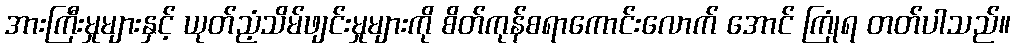
အားကြီးမှုများနှင့် ယုတ်ညံ့သိမ်ဖျင်းမှုများကို စိတ်ကုန်စရာကောင်းလောက် အောင် ကြုံရ တတ်ပါသည်။